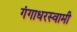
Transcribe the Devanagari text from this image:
गंगाधरस्वामी